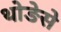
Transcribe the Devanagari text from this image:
थोङेसे